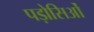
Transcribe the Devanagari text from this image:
पड़ोसिओं